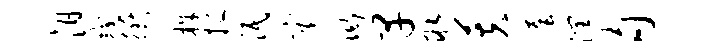
汨较衢株挹泯灾衙早取芙套润甸